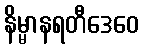
နိမ္မာနရတီဒေဝေ